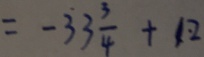
= - 3 3 \frac { 3 } { 4 } + 1 \cdot 2